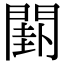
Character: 𨵗